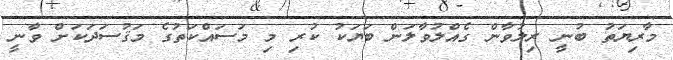
މާރިޔަތު ބުނީ ރިލުވާން ގެއްލުވާލަން ބަޔަކު ކުރި މި މަސައްކަތުގެ މަޤުސަދަކަށް ވާނީ